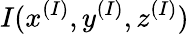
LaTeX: I(x^{(I)},y^{(I)},z^{(I)})